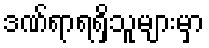
ဒဏ်ရာရရှိသူများမှာ